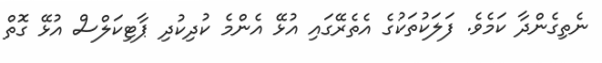
ނެތިގެންދާ ކަމެވެ. ފަލަކުތަކުގެ އެތެރޭގައި އުޅޭ އެންމެ ކުދިކުދި ޕާޓިކަލްސް އުޅޭ ގޮތް